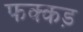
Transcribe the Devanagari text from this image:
फक्‍कड़